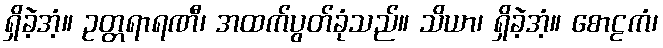
ရှိခဲ့အံ့။ ဥတ္တရာရဏီ၊ အထက်ပွတ်ခုံသည်။ သိယာ၊ ရှိခဲ့အံ့။ စောဠကံ၊